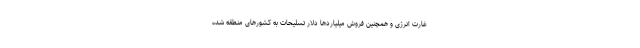
غارت انرژی و همچنین فروش میلیاردها دلار تسلیحات به کشورهای منطقه شده